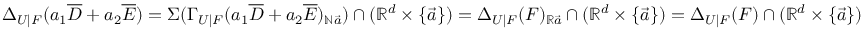
\Delta _ { U | F } ( a _ { 1 } \overline { { D } } + a _ { 2 } \overline { { E } } ) = \Sigma ( \Gamma _ { U | F } ( a _ { 1 } \overline { { D } } + a _ { 2 } \overline { { E } } ) _ { \mathbb { N } \vec { a } } ) \cap ( \mathbb { R } ^ { d } \times \{ \vec { a } \} ) = \Delta _ { U | F } ( F ) _ { \mathbb { R } \vec { a } } \cap ( \mathbb { R } ^ { d } \times \{ \vec { a } \} ) = \Delta _ { U | F } ( F ) \cap ( \mathbb { R } ^ { d } \times \{ \vec { a } \} )